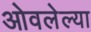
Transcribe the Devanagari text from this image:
ओवलेल्या